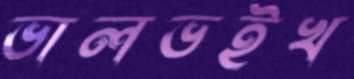
ভালভইখ